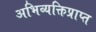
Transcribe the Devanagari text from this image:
अभिव्यक्तिप्राप्त